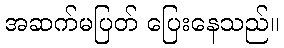
အဆက်မပြတ် ပြေးနေသည်။